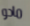
مادو